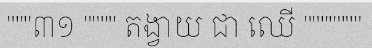
"""៣១ """" តង្វាយ ជា ឈើ """""""